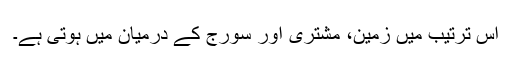
اس ترتیب میں زمین، مشتری اور سورج کے درمیان میں ہوتی ہے۔